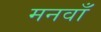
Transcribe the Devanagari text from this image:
मनवाँ